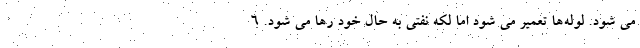
می شود. لوله‌ها تعمیر می شود اما لکه نفتی به حال خود رها می شود. ۶